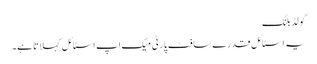
گو لڈ بلنگ
یہ اسٹا ئل قدرے سا فٹ پا رٹی میک اپ اسٹا ئل کہلا تا ہے۔